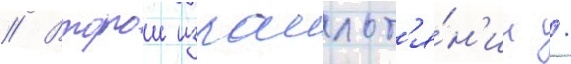
// Второи израильт'я́н'ин /